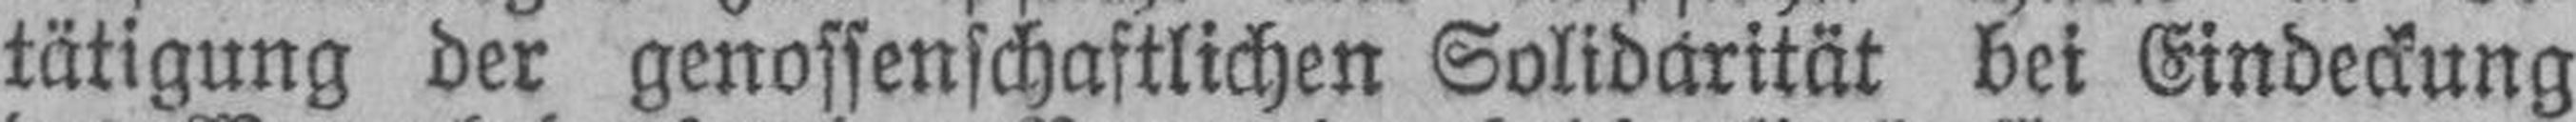
tätigung der genossenschaftlichen Solidarität bei Eindeckung